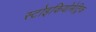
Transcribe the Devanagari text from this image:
स्टोइकियोमेट्रिक